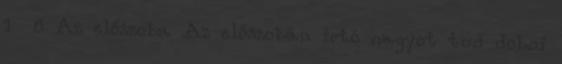
1 8 Az előszoba Az előszobán írtó nagyot tud dobni